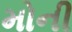
મોની